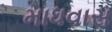
માધવાસ